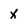
Character: x